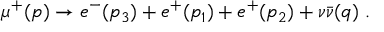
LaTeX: \mu ^ { + } ( p ) \rightarrow e ^ { - } ( p _ { 3 } ) + e ^ { + } ( p _ { 1 } ) + e ^ { + } ( p _ { 2 } ) + \nu \bar { \nu } ( q ) \ .